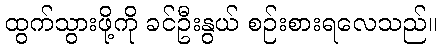
ထွက်သွားဖို့ကို ခင်ဦးနွယ် စဉ်းစားရလေသည်။